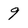
Character: 9